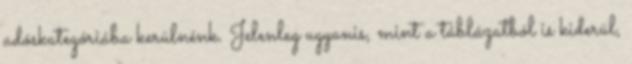
adóskategóriába kerülnénk. Jelenleg ugyanis, mint a táblázatból is kiderül,